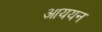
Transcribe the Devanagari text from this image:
आययन